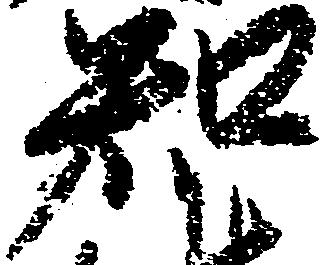
知